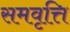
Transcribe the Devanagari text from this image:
समवृत्ति